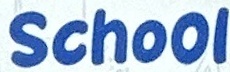
School